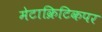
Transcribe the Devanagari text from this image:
मेटाक्रिटिकपर